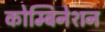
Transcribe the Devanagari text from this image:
कोम्बिनेशन